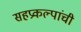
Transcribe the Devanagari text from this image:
सहप्रकल्पांची